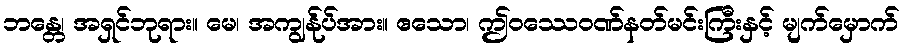
ဘန္တေ၊ အရှင်ဘုရား။ မေ၊ အကျွန်ုပ်အား။ ဧသော၊ ဤဝဿေဝဏ်နတ်မင်းကြီးနှင့် မျက်မှောက်